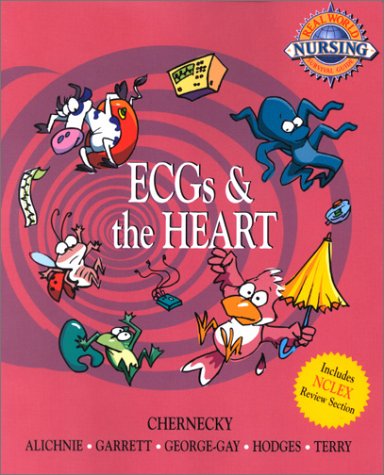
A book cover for Real-World Nursing Survival Guide ECG's and the Heart; Cynthia Chernecky; Medical Books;